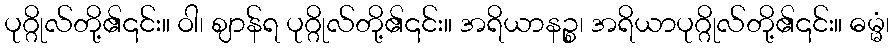
ပုဂ္ဂိုလ်တို့၏၎င်း။ ဝါ၊ ဈာန်ရ ပုဂ္ဂိုလ်တို့၏၎င်း။ အရိယာနဉ္စ၊ အရိယာပုဂ္ဂိုလ်တို့၏၎င်း။ ဓမ္မံ၊